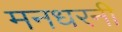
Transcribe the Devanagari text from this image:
मनधरनी